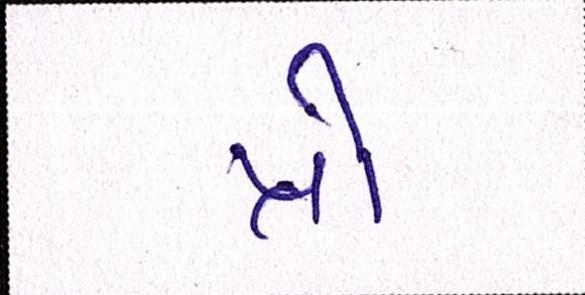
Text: પ્રો